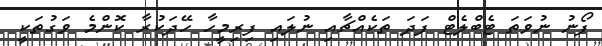
ފޯނު ނުވަތަ ޓެބްލެޓް ފަދަ ތަކެއްޗާއި ނުލައި ފިރިމީހާ ހޭދަކުރާ ކޮންމެ ވަގުތަކީ